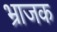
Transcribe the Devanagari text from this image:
भ्राजक